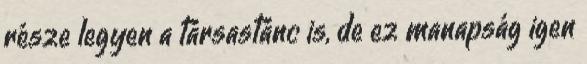
része legyen a társastánc is, de ez manapság igen